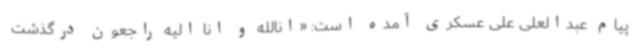
پیام عبدالعلی علی عسکری آمده است: «انالله و انا الیه راجعون درگذشت